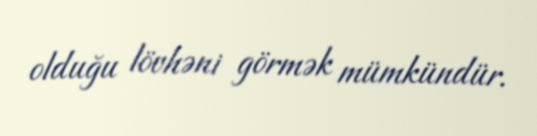
olduğu lövhəni görmək mümkündür.